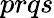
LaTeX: prqs